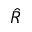
\hat { R }